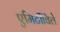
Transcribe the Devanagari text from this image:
एमिटीविले